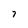
Character: 7